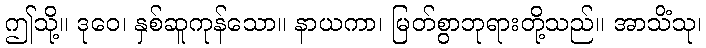
ဤသို့။ ဒုဝေ၊ နှစ်ဆူကုန်သော။ နာယကာ၊ မြတ်စွာဘုရားတို့သည်။ အာသိံသု၊